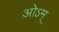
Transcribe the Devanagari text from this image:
ओऽम्‌